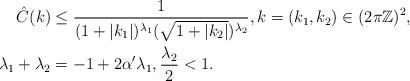
LaTeX: \begin{align*} \hat{C}(k) &\leq \frac{1}{(1+|k_1|)^{\lambda_1} (\sqrt{1+|k_2|})^{\lambda_2}}, k =(k_1,k_2) \in (2\pi \mathbb{Z})^2,\\\lambda_1 + \lambda_2 &= -1 + 2 \alpha' \lambda_1, \frac{\lambda_2}{2} < 1.\end{align*}